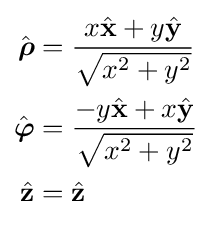
{\begin{aligned}{\hat {\boldsymbol {\rho }}}&={\frac {x{\hat {\mathbf {x} }}+y{\hat {\mathbf {y} }}}{\sqrt {x^{2}+y^{2}}}}\\{\hat {\boldsymbol {\varphi }}}&={\frac {-y{\hat {\mathbf {x} }}+x{\hat {\mathbf {y} }}}{\sqrt {x^{2}+y^{2}}}}\\{\hat {\mathbf {z} }}&={\hat {\mathbf {z} }}\end{aligned}}